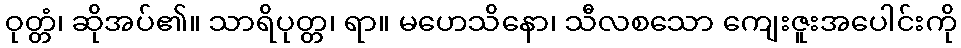
ဝုတ္တံ၊ ဆိုအပ်၏။ သာရိပုတ္တ၊ ရာ။ မဟေသိနော၊ သီလစသော ကျေးဇူးအပေါင်းကို